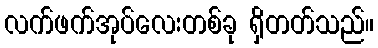
လက်ဖက်အုပ်လေးတစ်ခု ရှိတတ်သည်။